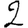
Digit: 2